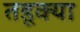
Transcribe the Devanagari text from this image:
तडूक्या